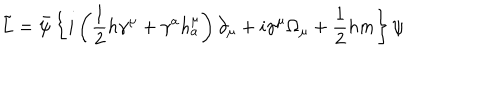
\tilde { L } = \bar { \psi } \left\{ i \left( \frac 1 2 h \gamma ^ { \mu } + \gamma ^ { a } h _ { a } ^ { \mu } \right) \partial _ { \mu } + i \gamma ^ { \mu } \Omega _ { \mu } + \frac 1 2 h m \right\} \psi